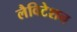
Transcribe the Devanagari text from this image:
लैविटेशन